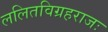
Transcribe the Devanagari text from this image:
ललितविग्रहराजः